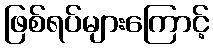
ဖြစ်ရပ်များကြောင့်